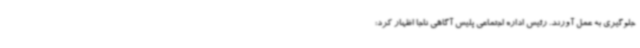
جلوگیری به عمل آورند. رئیس اداره اجتماعی پلیس آگاهی ناجا اظهار کرد: